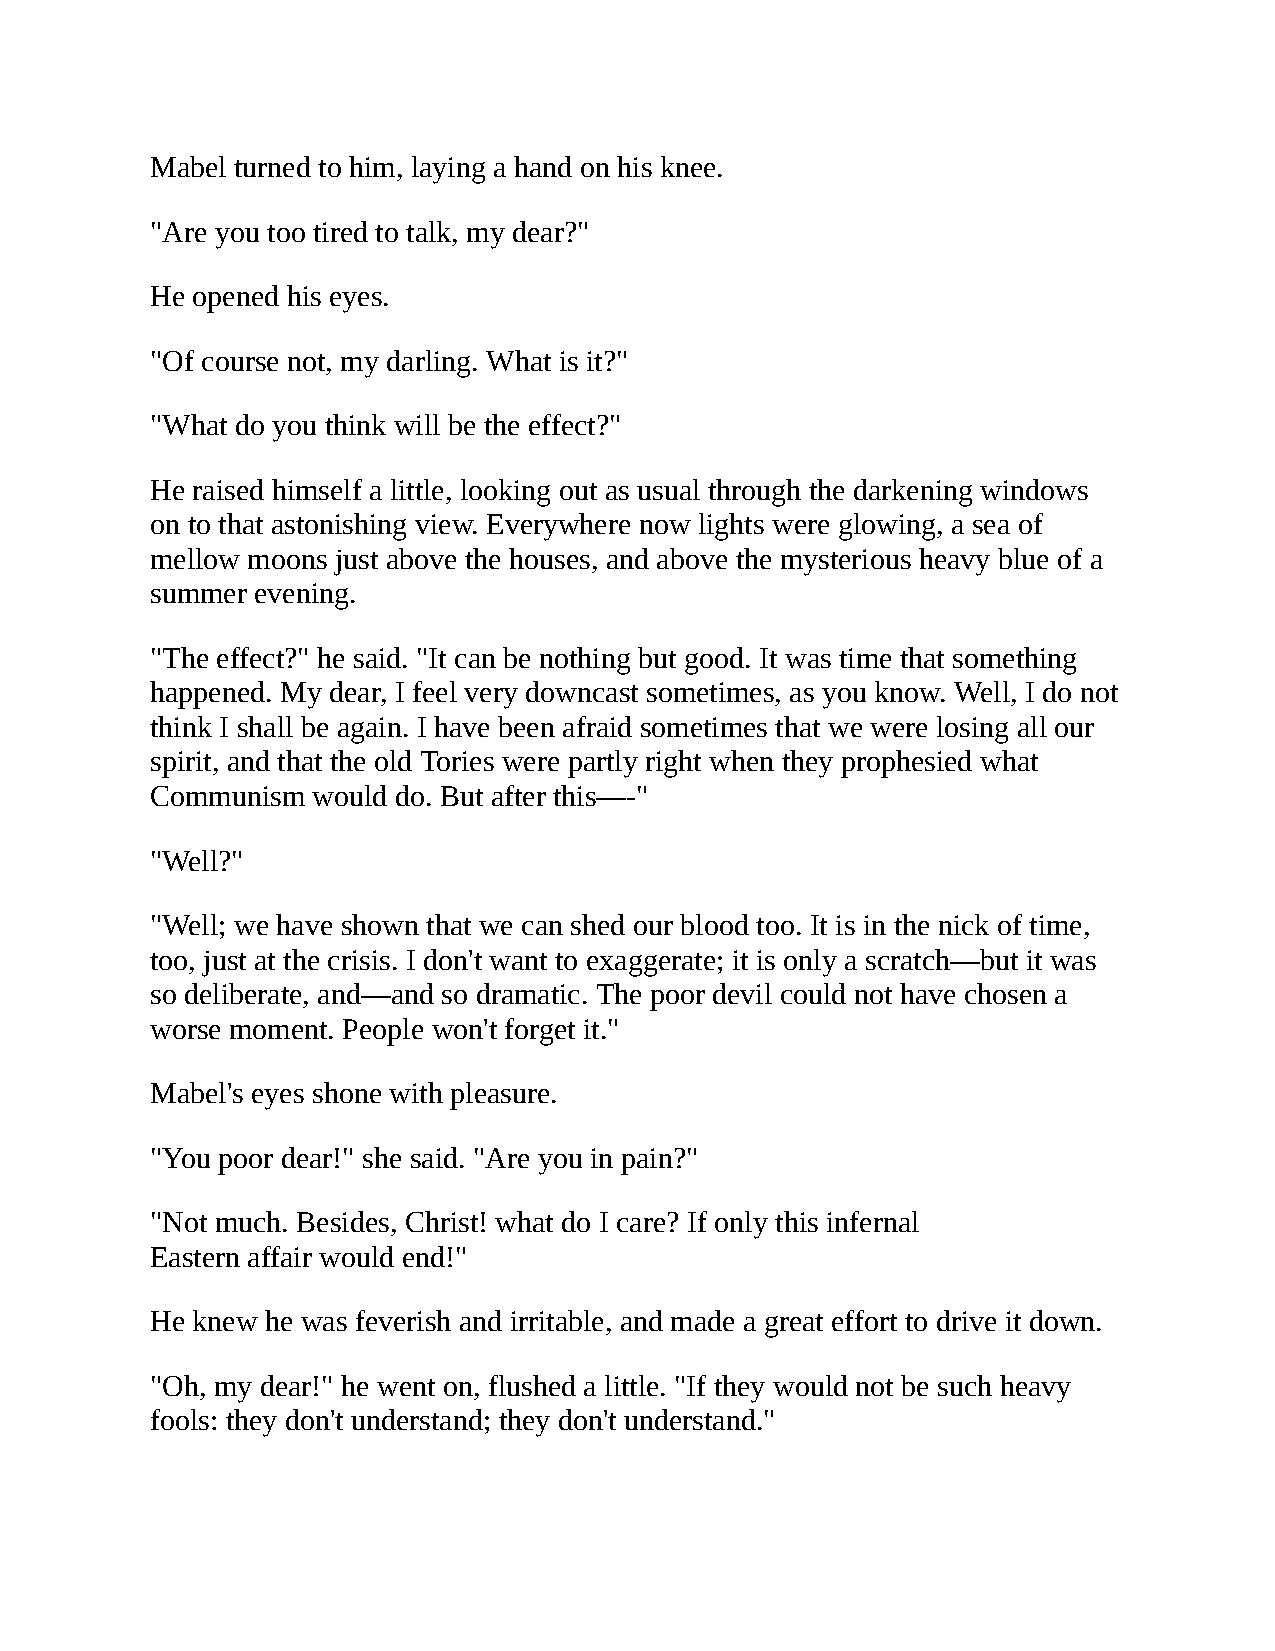
Mabel turned to him, laying a hand on his knee.
 "Are you too tired to talk, my dear?"
 He opened his eyes.
 "Of course not, my darling. What is it?"
 "What do you think will be the effect?"
 He raised himself a little, looking out as usual through the darkening windows
 on to that astonishing view. Everywhere now lights were glowing, a sea of
 mellow moons just above the houses, and above the mysterious heavy blue of a
 summer evening.
 "The effect?" he said. "It can be nothing but good. It was time that something
 happened. My dear, I feel very downcast sometimes, as you know. Well, I do not
 think I shall be again. I have been afraid sometimes that we were losing all our
 spirit, and that the old Tories were partly right when they prophesied what
 Communism  would do. But after this—-"
 "Well?"
 "Well; we have shown that we can shed our blood too. It is in the nick of time,
 too, just at the crisis. I don't want to exaggerate; it is only a scratch—but it was
 so deliberate, and—and so dramatic. The poor devil could not have chosen a
 worse moment. People won't forget it."
 Mabel's eyes shone with pleasure.
 "You poor dear!" she said. "Are you in pain?"
 "Not much. Besides, Christ! what do I care? If only this infernal
 Eastern affair would end!"
 He knew he was feverish and irritable, and made a great effort to drive it down.
 "Oh, my dear!" he went on, flushed a little. "If they would not be such heavy
 fools: they don't understand; they don't understand."